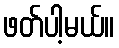
ဖတ်ပါ့မယ်။